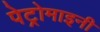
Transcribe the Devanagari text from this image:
पेट्रोमाइनी